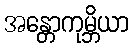
အန္တောကုမ္ဘိယာ